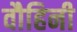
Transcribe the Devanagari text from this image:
वौहिनी